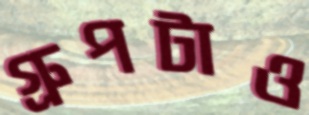
গ্রুপটাও